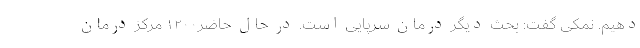
دهیم. نمکی گفت: بحث دیگر درمان سرپایی است. در حال حاضر۱۲۰۰ مرکز درمان